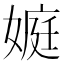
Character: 𡟾